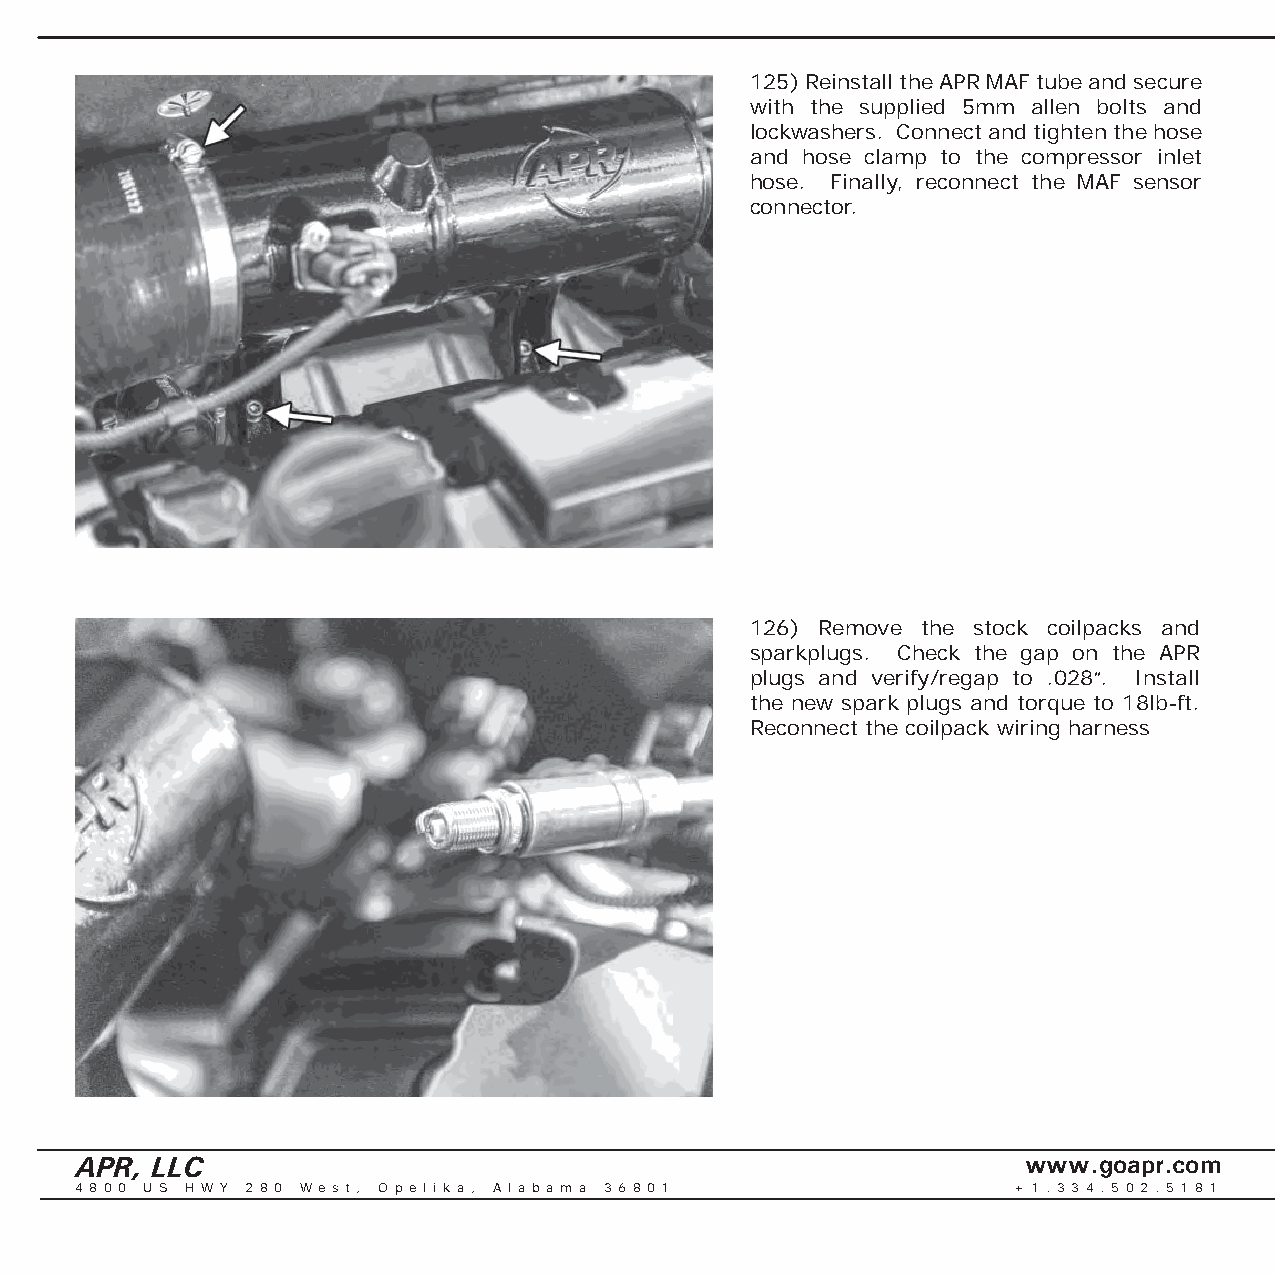
125) Reinstall the APR MAF tube and secure
 with the supplied 5mm allen bolts and
 lockwashers. Connect and tighten the hose
 and hose clamp to the compressor inlet
 hose. Finally, reconnect the MAF sensor
 connector.
 126) Remove the stock coilpacks and
 sparkplugs. Check the gap on the APR
 plugs and verify/regap to .028”. Install
 the new spark plugs and torque to 18lb-ft.
 Reconnect the coilpack wiring harness
 APR, LLC                                                       www.goapr.com
 4 8 0 0 U S H W Y 2 8 0 We s t , O p e l i k a , A l a b a m a 3 6 8 0 1 + 1 . 3 3 4 . 5 0 2 . 5 1 8 1